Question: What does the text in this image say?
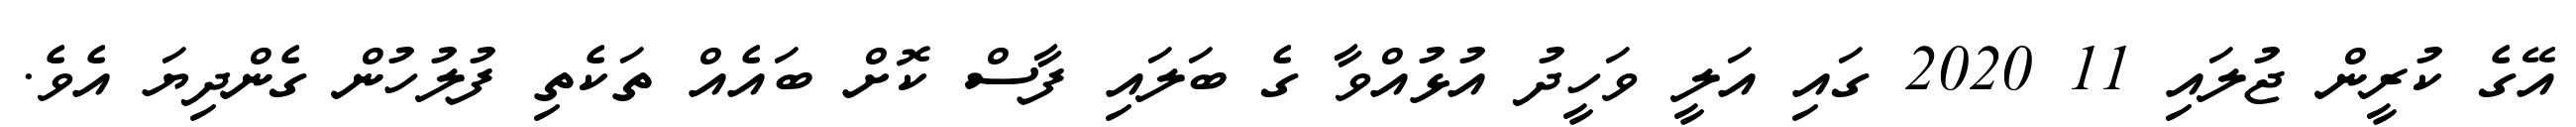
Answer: އޭގެ ކުރީން ޖުލައި 11 2020 ގައި އަލީ ވަހީދު އުޅުއްވާ ގެ ބަލައި ފާސް ކޮށް ބައެއް ތަކެތި ފުލުހުން ގެންދިޔަ އެވެ.